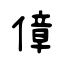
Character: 傽